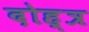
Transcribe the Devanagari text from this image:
दोह्त्र